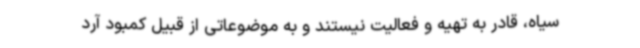
سیاه، قادر به تهیه و فعالیت نیستند و به موضوعاتی از قبیل کمبود آرد